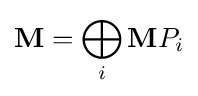
{\mathbf {M} }=\bigoplus _{i}{\mathbf {M} }P_{i}